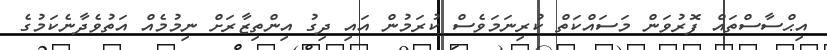
އިޙްސާސްތައް ފޮރުވަން މަސައްކަތް ކުރިނަމަވެސް ކުރަމުން އައި ދިގު އިންތިޒާރަށް ނިމުމެއް އަތުވެދާނެކަމުގެ